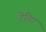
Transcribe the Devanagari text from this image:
टेचिए